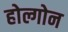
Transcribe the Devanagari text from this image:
होल्गोन